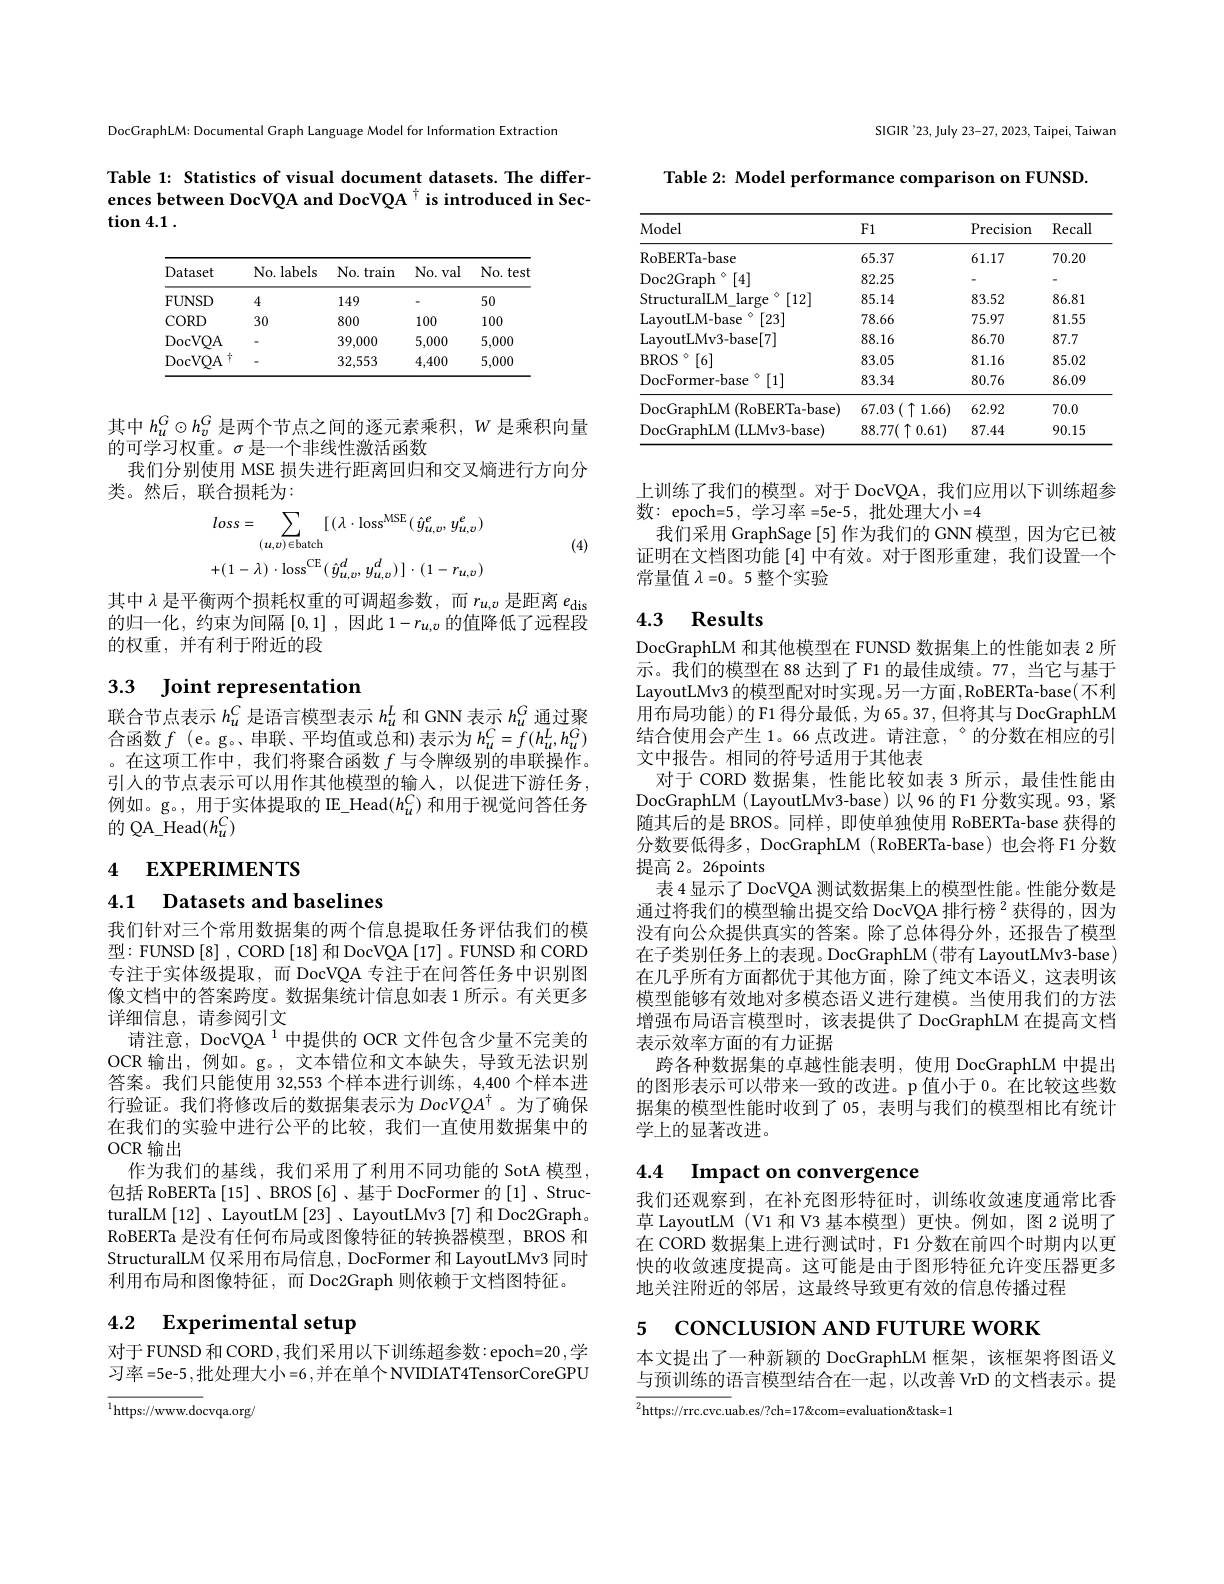
DocGraphLM: Documental Graph Language Model for Information Extraction

Table 1: Statistics of visual document datasets. The differences between DocVQA and DocVQA t is introduced in Sec- $\tan 4. 1$ .

<table>
	<tbody>
		<tr>
			<th>Dataset</th>
			<th>No. labels</th>
			<th>No. train</th>
			<th>No. val</th>
			<th>No. test</th>
		</tr>
		<tr>
			<td>FUNSD</td>
			<td>4</td>
			<td>149</td>
			<td> </td>
			<td>50</td>
		</tr>
		<tr>
			<td>$\operatorname{CORD}$</td>
			<td>30</td>
			<td>800</td>
			<td>100</td>
			<td>100</td>
		</tr>
		<tr>
			<td>DocVQA</td>
			<td> </td>
			<td>39,000</td>
			<td>5,000</td>
			<td>5,000</td>
		</tr>
		<tr>
			<td>DocVQA 1</td>
			<td> </td>
			<td>32,553</td>
			<td>4,400</td>
			<td>5,000</td>
		</tr>
	</tbody>
</table>

其中$h_u^G\odot h_v^G$是两个节点之间的逐元素乘积，$W$是乘积向量
的可学习权重。$\sigma$是一个非线性激活函数
我们分别使用 MSE 损失进行距离回归和交叉熵进行方向分
类。然后，联合损耗为：
$$loss=\sum_{(u,v)\in\mathrm{batch}}[\:(\lambda\cdot\mathrm{loss}^{\mathrm{MSE}}(\:\hat{y}_{u,v}^{e},\:y_{u,v}^{e})\\+(1-\lambda)\cdot\mathrm{loss}^{\mathrm{CE}}(\:\hat{y}_{u,v}^{d},\:y_{u,v}^{d})\:]\cdot(1-r_{u,v})$$
(4)

其中$\lambda$是平衡两个损耗权重的可调超参数，而$r_{u,v}$是距离$e_\mathrm{dis}$ 的归一化，约束为间隔[0,1],因此$1-r_u,v$的值降低了远程段的权重，并有利于附近的段

3.3 Joint representation

# 联合节点表示$h_u^C$是语言模型表示$h_u^L$和 GNN 表示$h_u^G$通过聚

合函数 $f$ (e。g。串联、平均值或总和)表示为 $h_u^C=f(h_u^L,h_u^G)$ 。在这项工作中，我们将聚合函数$f$与令牌级别的串联操作。引人的节点表示可以用作其他模型的输入，以促进下游任务， 例如。g。, 用于实体提取的 IE\_Head$(h_u^C)$和用于视觉问答任务的 QA\_Head$(h_u^C)$

# 4 EXPERIMENTS

4.1 Datasets and baselines

我们针对三个常用数据集的两个信息提取任务评估我们的模型：FUNSD [8] , CORD [18] 和 DocVQA [17] 。FUNSD 和 CORD 专注于实体级提取，而 DocVQA 专注于在问答任务中识别图像文档中的答案跨度。数据集统计信息如表 1 所示。有关更多详细信息，请参阅引文
请注意，DocVQA $^{1}$中提供的 OCR 文件包含少量不完美的OCR 输出，例如。g。,文本错位和文本缺失，导致无法识别答案。我们只能使用 32,553 个样本进行训练，4,400 个样本进行验证。我们将修改后的数据集表示为 DocVQA$^\dagger$。为了确保在我们的实验中进行公平的比较，我们一直使用数据集中的OCR 输出
作为我们的基线，我们采用了利用不同功能的 SotA 模型， 包括 RoBERTa [15] 、BROS [6]、基于 DocFormer 的 [1]、StructuralLM [12] 、LayoutLM [23] 、LayoutLMv3 [7] 和 Doc2Graph。RoBERTa 是没有任何布局或图像特征的转换器模型，BROS 和StructuralLM 仅采用布局信息，DocFormer 和 LayoutLMv3 同时利用布局和图像特征，而 Doc2Graph 则依赖于文档图特征。

# 4.2 Experimental setup

对于 FUNSD 和 CORD,我们采用以下训练超参数：epoch=20 ,学习率=5e-5,批处理大小=6,并在单个NVIDIAT4TensorCoreGPU

$^{1}$https://www.docvqa.org/

SIGIR'23, July 23-27, 2023, Taipei, Taiwan

Table 2: Model performance comparison on FUNSD

<table>
	<tbody>
		<tr>
			<th>Model</th>
			<th>F1</th>
			<th>Precision</th>
			<th>Recall</th>
		</tr>
		<tr>
			<td>RoBERTa- base</td>
			<td>65.37</td>
			<td>61.17</td>
			<td>70.20</td>
		</tr>
		<tr>
			<td>Doc2Graph [4]</td>
			<td>82.25</td>
			<td> </td>
			<td>-</td>
		</tr>
		<tr>
			<td>[12] StructuralLM large</td>
			<td>85.14</td>
			<td>83.52</td>
			<td>86.81</td>
		</tr>
		<tr>
			<td>[23] LayoutLM-base</td>
			<td>78.66</td>
			<td>75.97</td>
			<td>81.55</td>
		</tr>
		<tr>
			<td>LayoutLMv3-base[7]</td>
			<td>88.16</td>
			<td>86.70</td>
			<td>87.7</td>
		</tr>
		<tr>
			<td>$BROS$ $;^{\circ}[6]$ T</td>
			<td>83.05</td>
			<td>81.16</td>
			<td>85.02</td>
		</tr>
		<tr>
			<td>$^{\circ}[1]$ DocFormer- base</td>
			<td>83.34</td>
			<td>80.76</td>
			<td>86.09</td>
		</tr>
		<tr>
			<td>${\mathrm{DocGraphLM~(RoBERTa-base)}}$</td>
			<td>67.03 $( \uparrow$ 1.66)</td>
			<td>62.92</td>
			<td>70.0</td>
		</tr>
		<tr>
			<td>$\operatorname{DocGraphLM}$ 1 (LLMv3-base)</td>
			<td>$88.77(\uparrow0.61)$</td>
			<td>87.44</td>
			<td>90.15</td>
		</tr>
	</tbody>
</table>

上训练了我们的模型。对于 DocVQA, 我们应用以下训练超参
数：epoch=5, 学习率 =5e-5, 批处理大小 =4
我们采用 GraphSage [5] 作为我们的 GNN 模型，因为它已被证明在文档图功能[4]中有效。对于图形重建，我们设置一个常量值$\lambda=0$。5 整个实验

### 4.3 Results

DocGraphLM 和其他模型在 FUNSD 数据集上的性能如表 2 所示。我们的模型在 88 达到了 F1 的最佳成绩。77, 当它与基于LayoutLMv3 的模型配对时实现。另一方面，RoBERTa-base(不利用布局功能)的 F1 得分最低，为 65。37 , 但将其与 DocGraphLM 结合使用会产生 1。66 点改进。请注意，°的分数在相应的引文中报告。相同的符号适用于其他表
对于 CORD 数据集，性能比较如表 3 所示，最佳性能由DocGraphLM ( LayoutLMv3-base) 以 96 的 F1 分数实现。93 , 紧随其后的是 BROS。同样，即使单独使用 RoBERTa-base 获得的分数要低得多，DocGraphLM (RoBERTa-base) 也会将 F1 分数提高 2。26points
表 4 显示了 DocVQA 测试数据集上的模型性能。性能分数是通过将我们的模型输出提交给 DocVQA 排行榜$^{2}$获得的，因为没有向公众提供真实的答案。除了总体得分外，还报告了模型在子类别任务上的表现。DocGraphLM (带有 LayoutLMv3-base) 在几乎所有方面都优于其他方面，除了纯文本语义，这表明该模型能够有效地对多模态语义进行建模。当使用我们的方法增强布局语言模型时，该表提供了 DocGraphLM 在提高文档表示效率方面的有力证据
跨各种数据集的卓越性能表明，使用 DocGraphLM 中提出的图形表示可以带来一致的改进。p 值小于 0。在比较这些数据集的模型性能时收到了 05, 表明与我们的模型相比有统计学上的显著改进。

4.4 $\textbf{Impact on convergence}$

我们还观察到，在补充图形特征时，训练收敛速度通常比香草 LayoutLM (V1 和 V3 基本模型) 更快。例如，图 2 说明了在 CORD 数据集上进行测试时，F1 分数在前四个时期内以更快的收敛速度提高。这可能是由于图形特征允许变压器更多地关注附近的邻居，这最终导致更有效的信息传播过程

5 concusion AND FUTURE WORK

本文提出了一种新颖的 DocGraphLM 框架，该框架将图语义与预训练的语言模型结合在一起，以改善 VrD 的文档表示。提${^2\text{https://rrc.cvc.u}}$ab.es/?ch=17&ccom=evaluation&task=1}